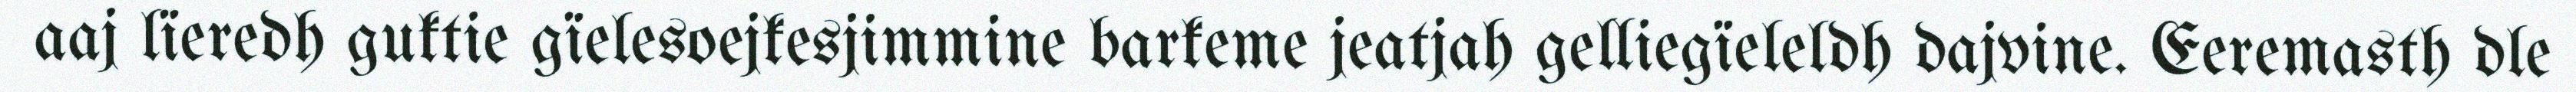
aaj lïeredh guktie gïelesoejkesjimmine barkeme jeatjah gelliegïeleldh dajvine. Eeremasth dle